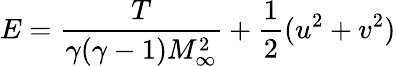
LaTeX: E=\frac{T}{\gamma(\gamma-1)M_{\infty}^{2}}+\frac{1}{2}(u^{2}+v^{2})